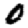
Digit: 0